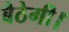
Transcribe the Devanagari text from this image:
बैठेगी।